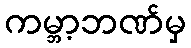
ကမ္ဘာ့ဘဏ်မှ